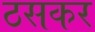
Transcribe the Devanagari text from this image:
ठसकर